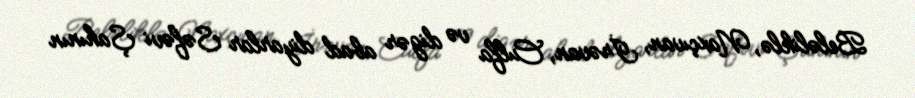
Beləliklə, Naxçıvan, İrəvan, Culfa və digər abad diyarlar Səfəvi Şahının